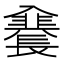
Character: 𲈣